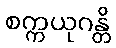
စက္ကယုဂန္တိ